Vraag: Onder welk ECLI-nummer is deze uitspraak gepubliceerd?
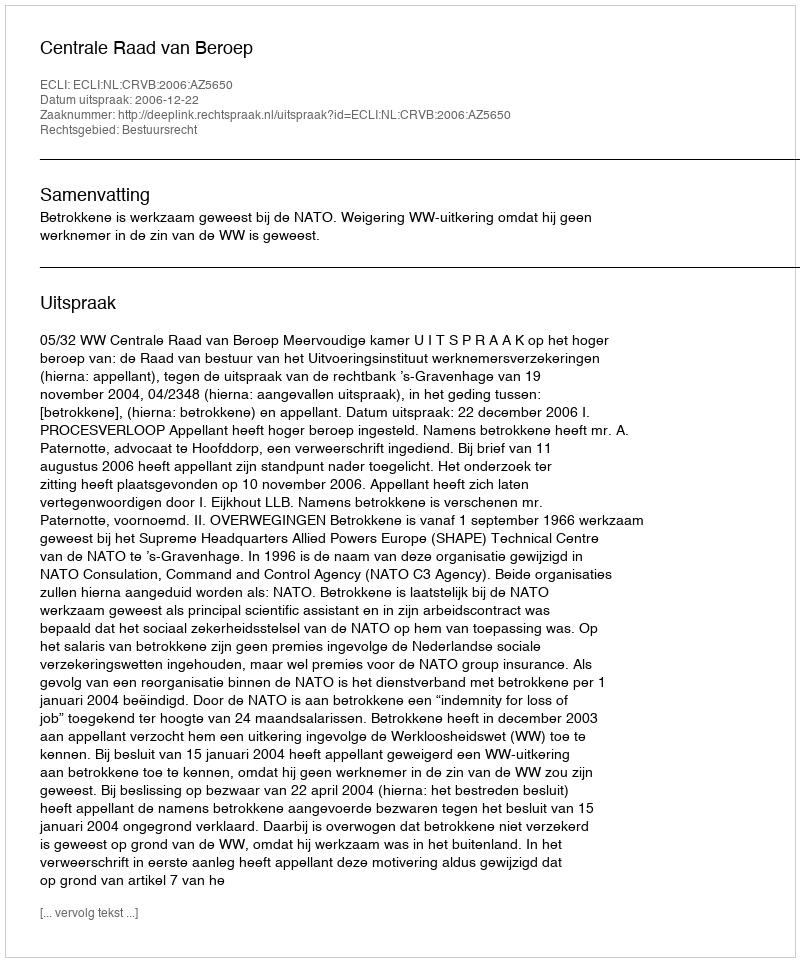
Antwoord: ECLI:NL:CRVB:2006:AZ5650